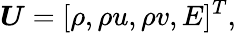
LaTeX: \boldsymbol{U}=[\rho,\rho u,\rho v,E]^{T},